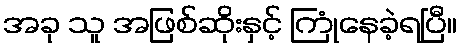
အခု သူ အဖြစ်ဆိုးနှင့် ကြုံနေခဲ့ရပြီ။